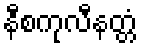
နီစကုလီနတ္တံ